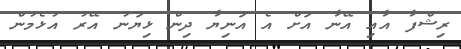
ރިޝްފާ އާއި އޭނާ އަށް އެ އަނިޔާ ދިން ޅިޔަނު އޭރު އުޅެމުން